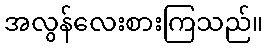
အလွန်လေးစားကြသည်။